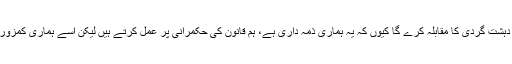
انہوں نے کہا، ’’بھارت پوری طاقت کے ساتھ دہشت گردی کا مقابلہ کرے گا کیوں کہ یہ ہماری ذمہ داری ہے، ہم قانون کی حکمرانی پر عمل کرتے ہیں لیکن اسے ہماری کمزوری سمجھنا مخالف طاقتوں کی بڑی بھول ہوگی۔